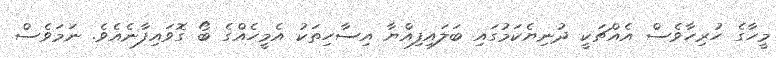
މީހާގެ ހުރިހާވެސް އެއްޗަކީ ދުނިޔެކަމުގައި ބަލައިފިއްޔާ އިސާހިތަކު އެމީހެއްގެ ބޯ ގޮވައިފާނެއެވެ. ނަމަވެސް